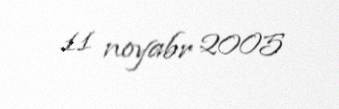
11 noyabr 2005